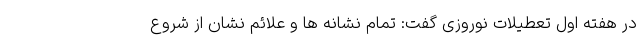
در هفته اول تعطیلات نوروزی گفت: تمام نشانه ها و علائم نشان از شروع